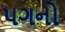
પગનો